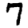
Digit: 7